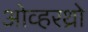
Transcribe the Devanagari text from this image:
ओव्हरथ्रो